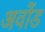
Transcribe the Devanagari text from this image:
अवोंड